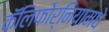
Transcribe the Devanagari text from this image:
कॅलिफोर्नियामधे